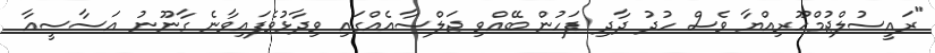
"ރައީސުލްޖުމްހޫރިއްޔާ ވެސް ހުދު ދާދި ފަހުން ބޭއްވި ޖަލްސާއެއްގައި ވިދާޅުވެފައިވާނެ ގާނޫނު އަސާސީއާ